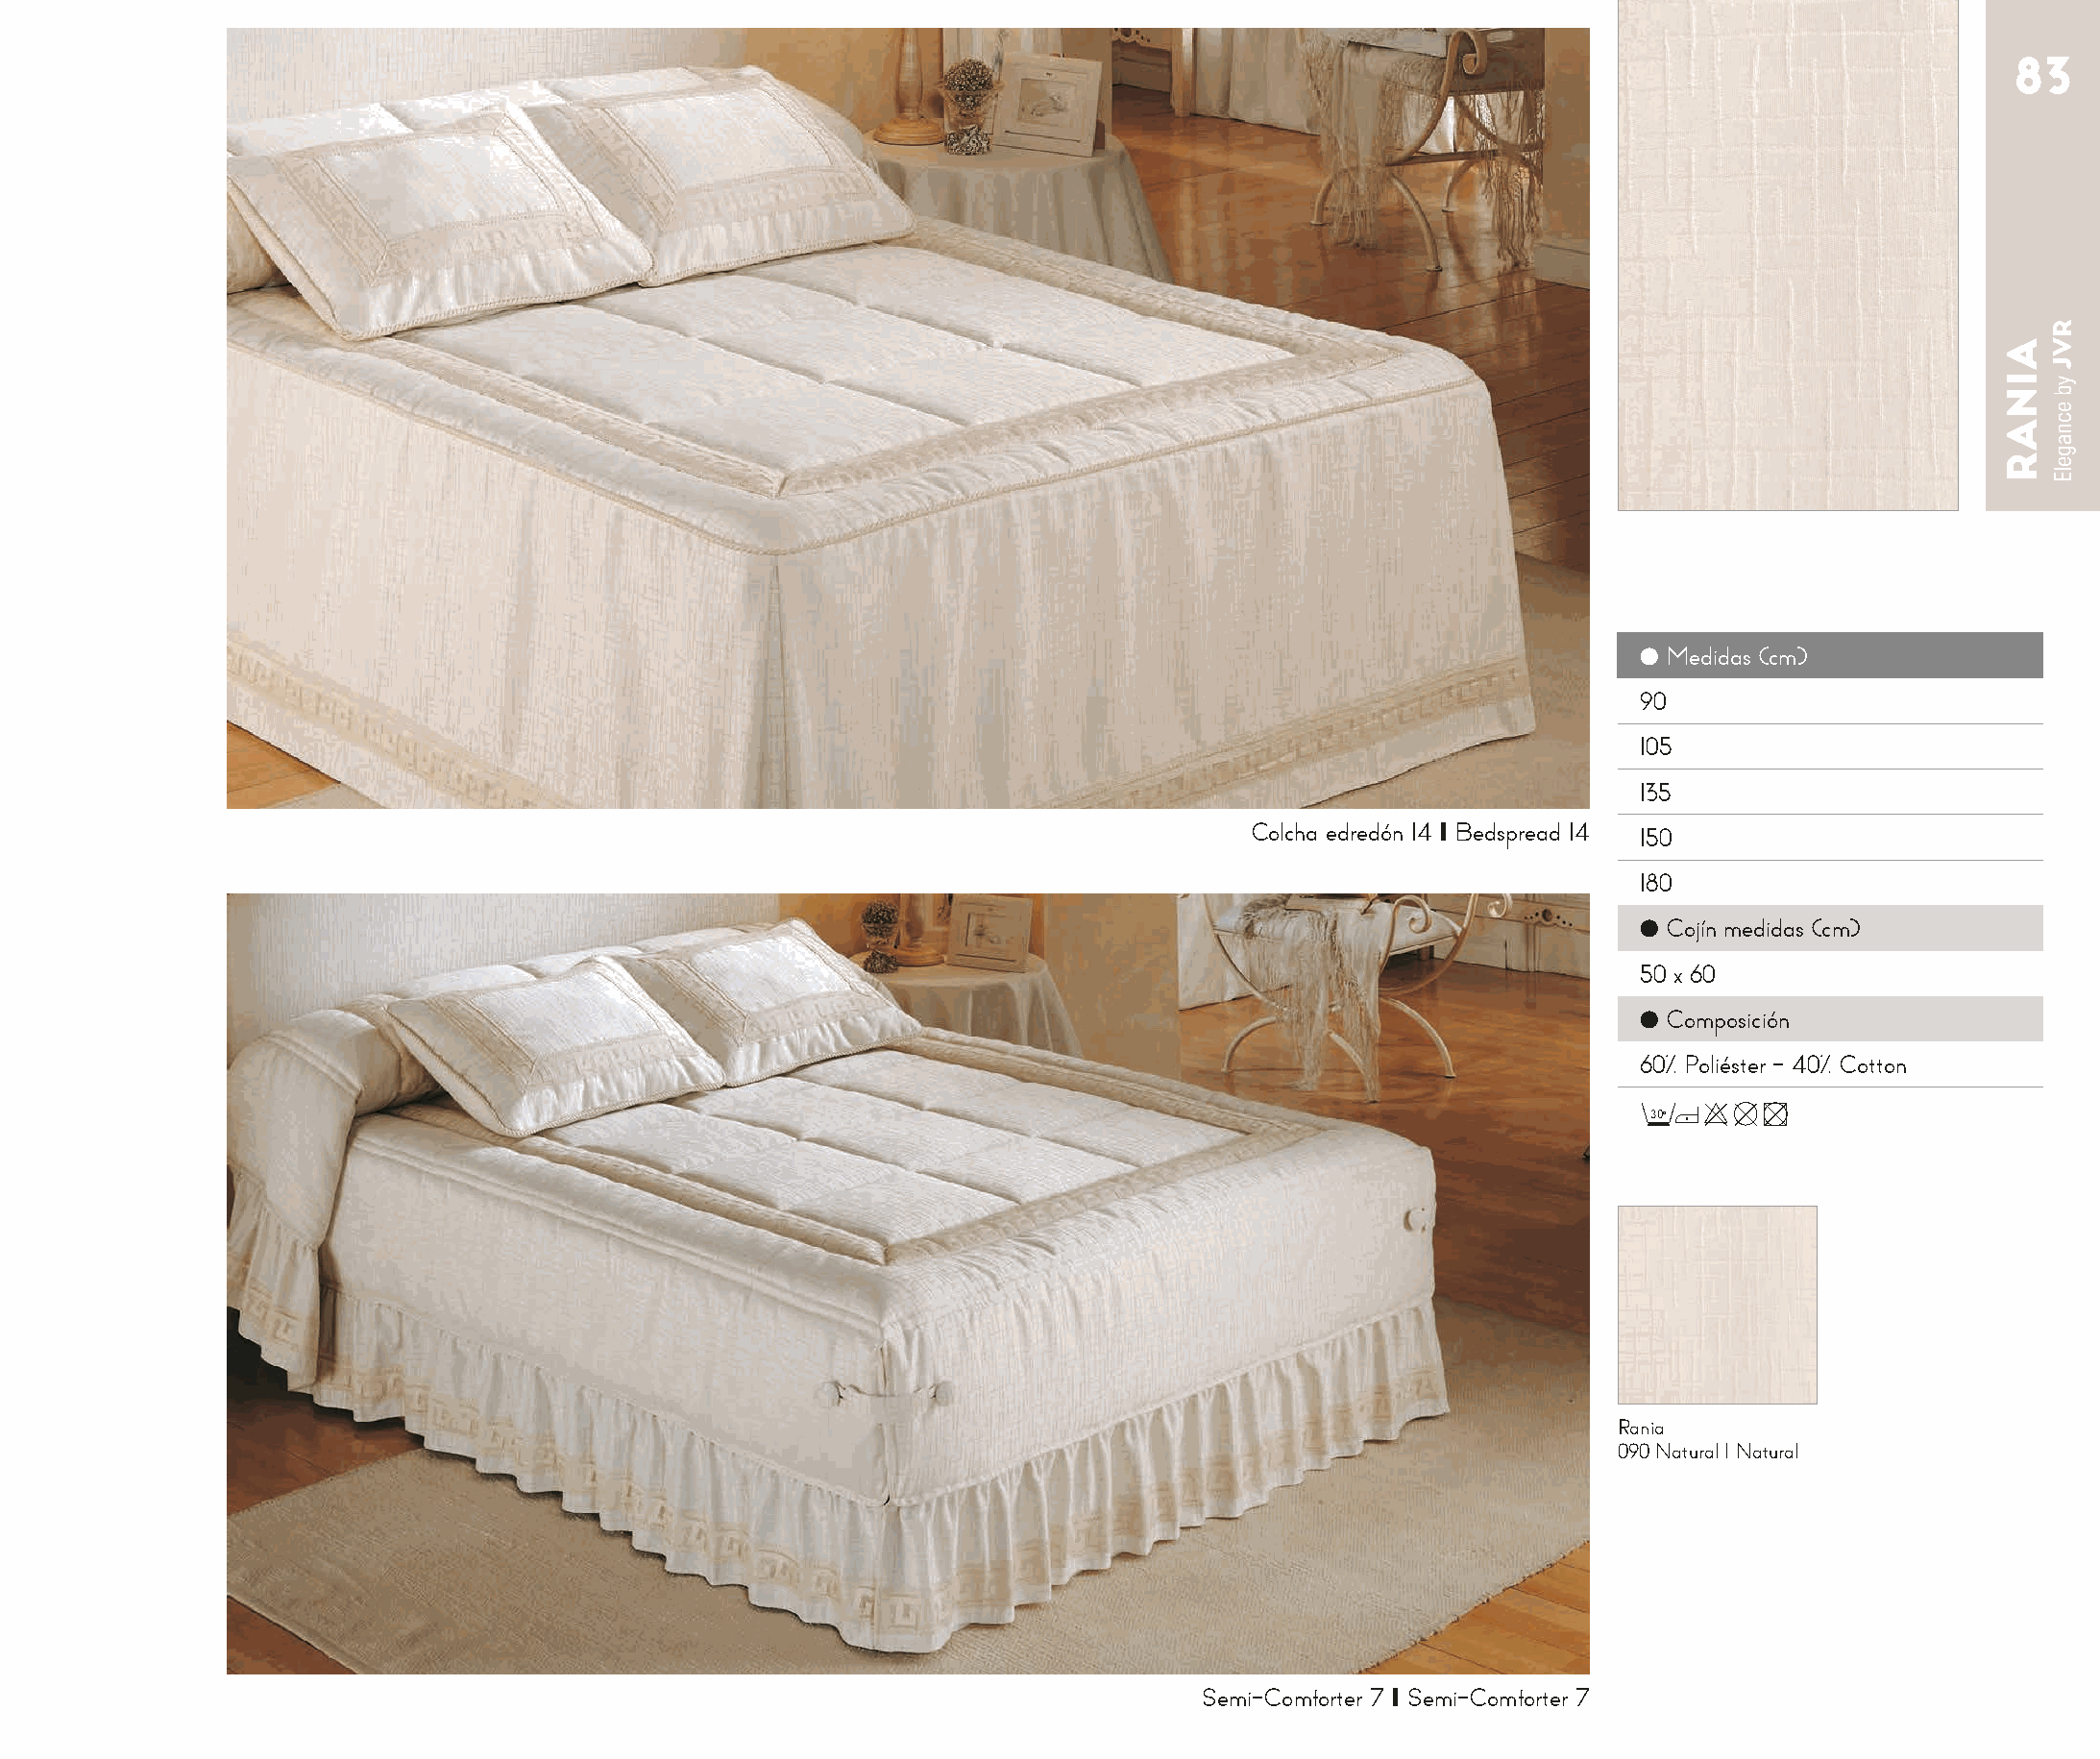
83
 ● Medidas (cm)
 90
 105
 135
 Colcha edredón 14 I Bedspread 14 150
 180
 ● Cojín medidas (cm)
 50 x 60
 ● Composición
 60% Poliéster - 40% Cotton
 30o
 Rania
 090 Natural I Natural
 Semi-Comforter 7 I Semi-Comforter 7
 AINAR
 RVJ
 yb
 ecnagelE